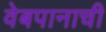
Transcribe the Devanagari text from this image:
वेबपानाची